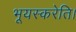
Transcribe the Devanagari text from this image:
भूयस्करेति।